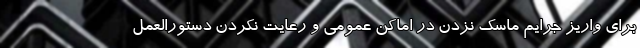
برای واریز جرایم ماسک نزدن در اماکن عمومی و رعایت نکردن دستورالعمل